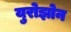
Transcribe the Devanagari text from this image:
युरोझोन